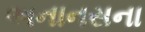
અનાનસના